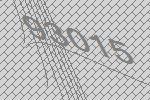
93015